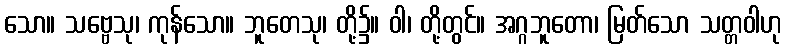
သော။ သဗ္ဗေသု၊ ကုန်သော။ ဘူတေသု၊ တို့၌။ ဝါ၊ တို့တွင်။ အဂ္ဂဘူတော၊ မြတ်သော သတ္တဝါဟု